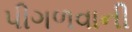
પીગળવાની